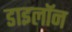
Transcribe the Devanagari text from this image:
डाइलॉन